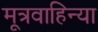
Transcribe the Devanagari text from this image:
मूत्रवाहिन्या